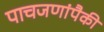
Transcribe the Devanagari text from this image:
पाचजणांपैकी